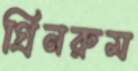
গ্রিনরুম